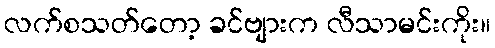
လက်စသတ်တော့ ခင်ဗျားက လီသာမင်းကိုး။